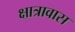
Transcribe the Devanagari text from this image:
क्षात्रावास